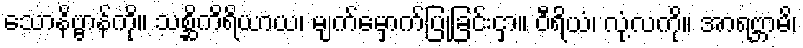
သောနိဗ္ဗာန်ကို။ သစ္ဆိကိရိယာယ၊ မျက်မှောက်ပြုခြင်းငှာ။ ဝီရိယံ၊ လုံ့လကို။ အာရဗ္ဘာမိ၊